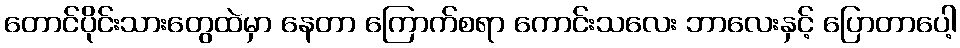
တောင်ပိုင်းသားတွေထဲမှာ နေတာ ကြောက်စရာ ကောင်းသလေး ဘာလေးနှင့် ပြောတာပေါ့